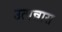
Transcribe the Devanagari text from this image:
उत्पन्नास